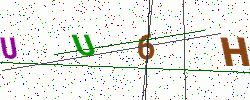
Text: UU6H